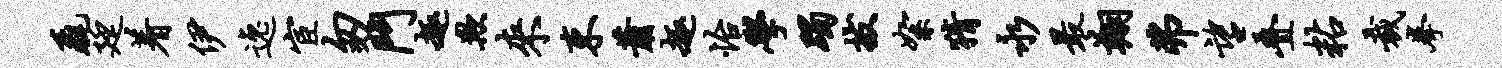
毳廷着伊逸宦匆斗趣欺来束萧趣怡学躅拔絮猜永最翔弗望叠粘裁拳